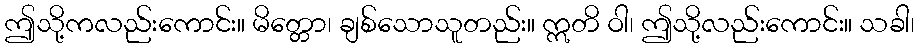
ဤသို့ကလည်းကောင်း။ မိတ္တော၊ ချစ်သောသူတည်း။ ဣတိ ဝါ၊ ဤသို့လည်းကောင်း။ သခါ၊